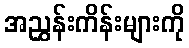
အညွှန်းကိန်းများကို